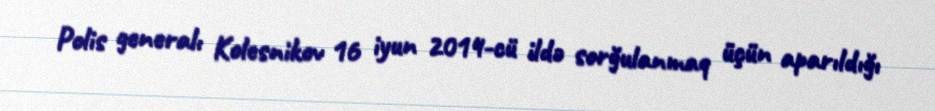
Polis generalı Kolesnikov 16 iyun 2014-cü ildə sorğulanmaq üçün aparıldığı